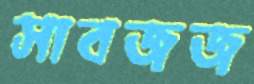
সাবজজ